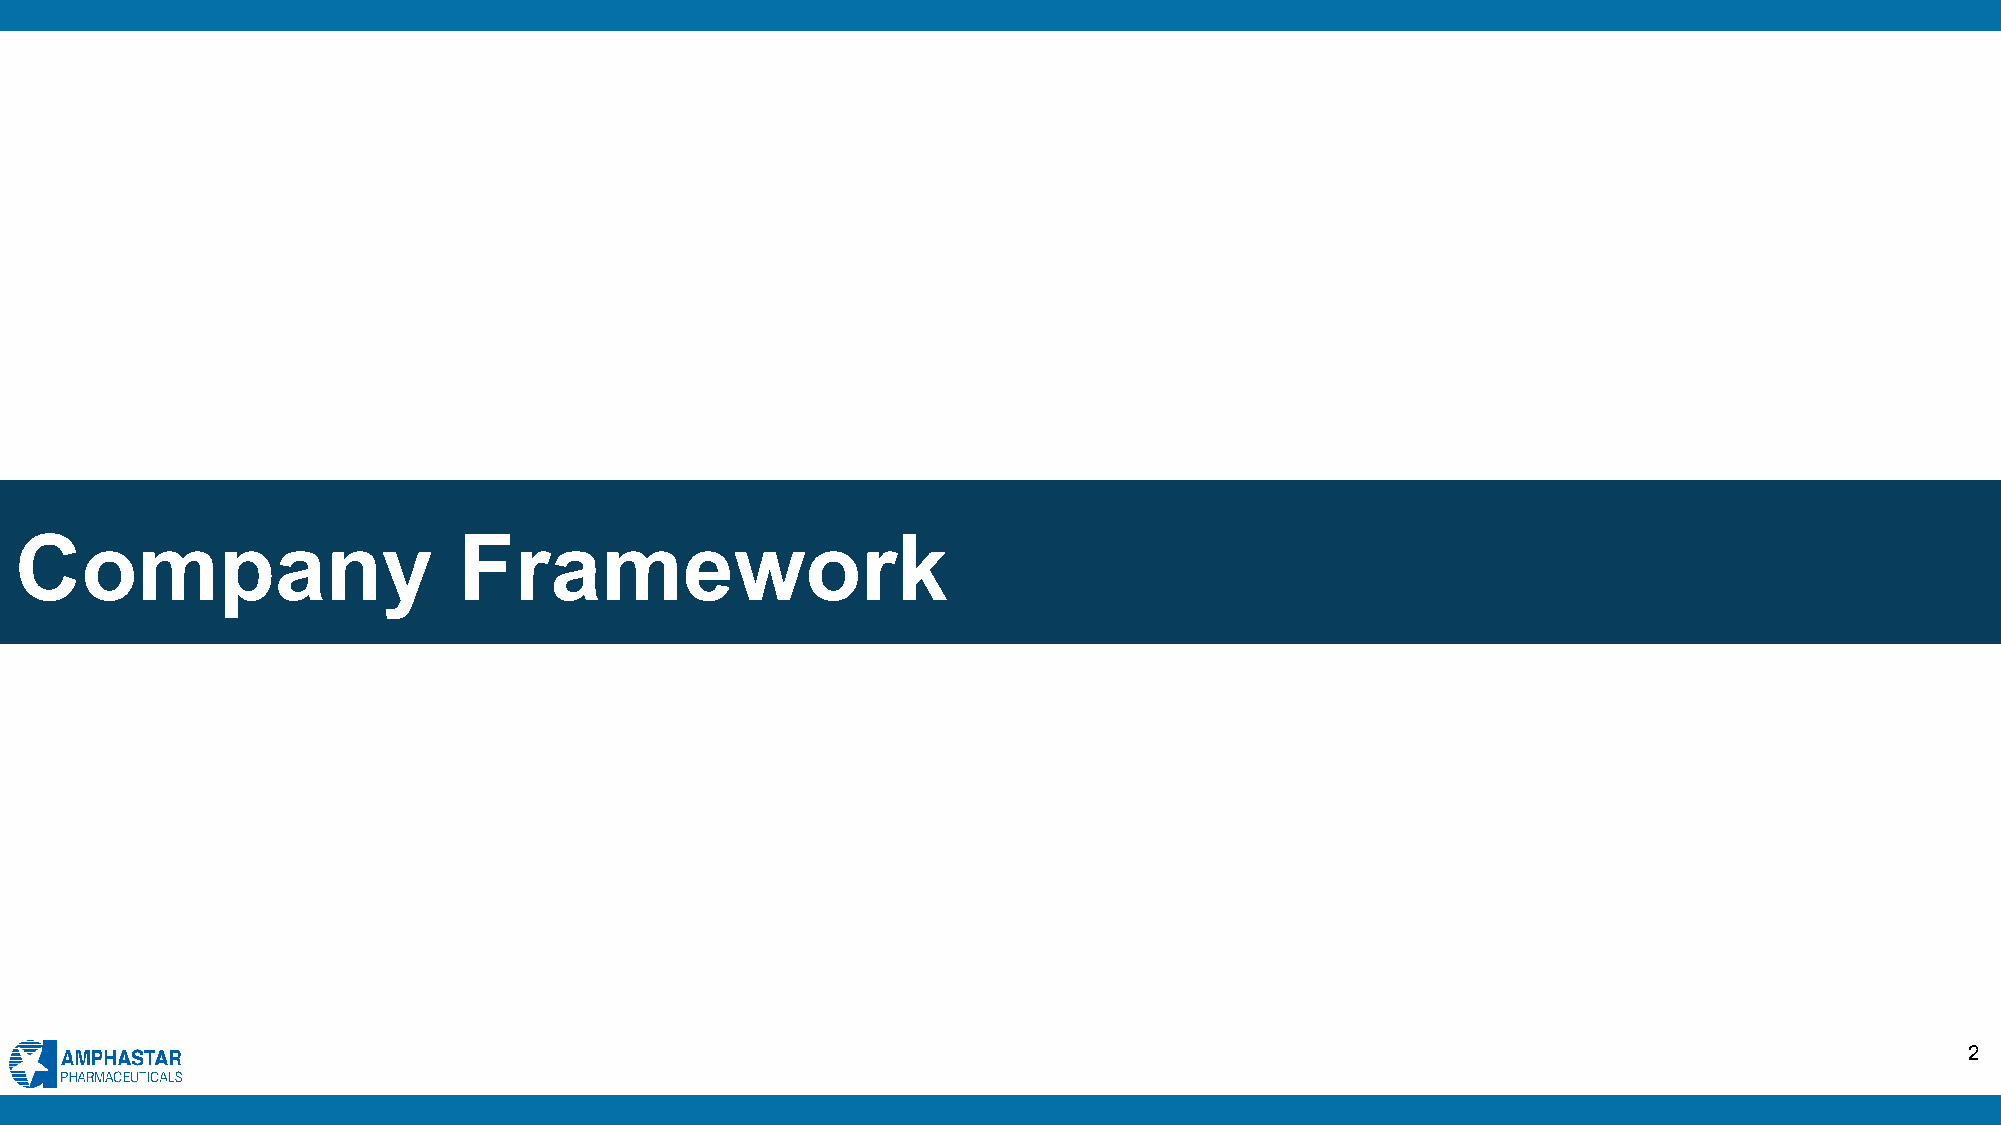
Company                      Framework
 2